Malaria in the Punjab - Number 46
Disease focus: Malaria
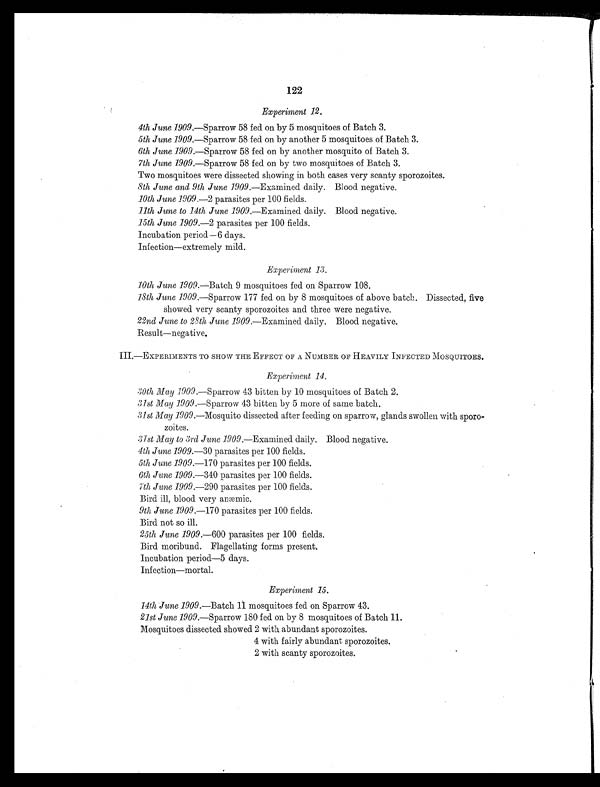
122
Experiment 12.
4th June 1909.—Sparrow 58 fed on by 5 mosquitoes of Batch 3.
5th June 1909.— Sparrow 58 fed on by another 5 mosquitoes of Batch 3.
6th June 1909.—Sparrow 58 fed on by another mosquito of Batch 3.
7th June 1909.—Sparrow 58 fed on by two mosquitoes of Batch 3.
Two mosquitoes were dissected showing in both cases very scanty sporozoites.
8th June and 9th June 1909.— Examined daily. Blood negative.
10th June 1909.—2 parasites per 100 fields.
11th June to 14th June 1909.— Examined daily. Blood negative.
15th June 1909.—2 parasites per 100 fields.
Incubation period—6 days.
Infection—extremely mild.
Experiment 13.
10th June 1909.—Batch 9 mosquitoes fed on Sparrow 108.
18th June 1909.— Sparrow 177 fed on by 8 mosquitoes of above batch. Dissected, five
showed very scanty sporozoites and three were negative.
22nd June to 28th June 1909.— Examined daily. Blood negative.
Result—negative.
I I I . —EXPERI MENTS TO SHOW THE EFFECT OF A NUMBER OF HEAVI LY I NFECTED MOSQUI TOES.
Experiment 14.
30th May 1909.— Sparrow 43 bitten by 10 mosquitoes of Batch 2.
31st May 1909.—Sparrow 43 bitten by 5 more of same batch.
31st May 1909.—Mosquito dissected after feeding on sparrow, glands swollen with sporo-
zoites.
31st May to 3rd June 1909.—Examined daily. Blood negative.
4th June 1909.—30 parasites per 100 fields.
5th June 1909.—170 parasites per 100 fields.
6th June 1909.—340 parasites per 100 fields.
7th June 1909.—290 parasites per 100 fields.
Bird ill, blood very anæmic.
9th June 1909.—170 parasites per 100 fields.
Bird not so ill.
25th June 1909.—600 parasites per 100 fields.
Bird moribund. Flagellating forms present.
Incubation period—5 days.
Infection—mortal.
Experiment 15.
14th June 1909.—Batch 11 mosquitoes fed on Sparrow 43.
21st June 1909.—Sparrow 180 fed on by 8 mosquitoes of Batch 11.
Mosquitoes dissected showed 2 with abundant sporozoites.
4 with fairly abundant sporozoites.
2 with scanty sporozoites.